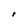
Character: r